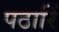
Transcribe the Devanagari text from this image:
पठारिं